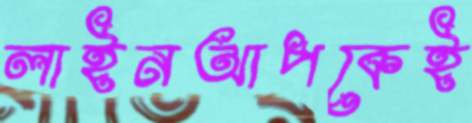
লাইনআপকেই